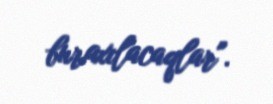
buraxılacaqlar".